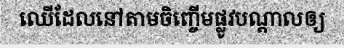
ឈើដែលនៅតាមចិញ្ចើមផ្លូវបណ្តាលឲ្យ